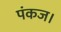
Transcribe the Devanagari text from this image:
पंकज।